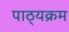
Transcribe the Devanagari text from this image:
पाठ्‍यक्रम